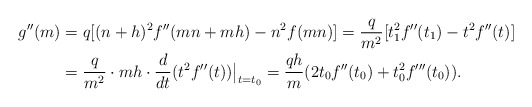
\begin{align*}g''(m) &= q [(n+h)^2 f''(mn + mh) - n^2 f(mn)] = \frac{q}{m^2} [t_1^2 f''(t_1) - t^2 f''(t)] \\&= \frac{q}{m^2} \cdot mh \cdot \frac{d}{dt} (t^2 f''(t)) \big|_{t= t_0} = \frac{qh}{m} (2 t_0 f''(t_0) + t_0^2 f'''(t_0)).\end{align*}